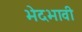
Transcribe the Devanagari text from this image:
भेदभावी